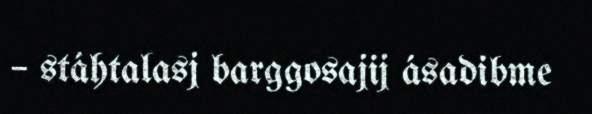
– stáhtalasj barggosajij ásadibme